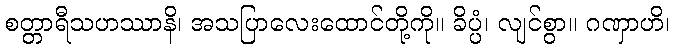
စတ္တာရီသဟဿာနိ၊ အသပြာလေးထောင်တို့ကို။ ခိပ္ပံ၊ လျင်စွာ။ ဂဏှာဟိ၊